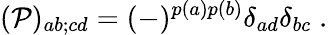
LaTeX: ({\cal P})_{ab;cd}=(-)^{p(a)p(b)}\delta_{ad}\delta_{bc}\; .